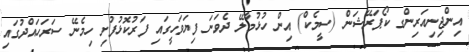
އިންޖިނިއަރިންގ ކޯޕަރޭޝަން (ސީމެކް) އިން ހުޅުމާލޭ ދެވަނަ ފިޔަވަހީގައި ފަރުކޮޅުފުށި ހިމެނޭ ސަރަހައްދުގައި